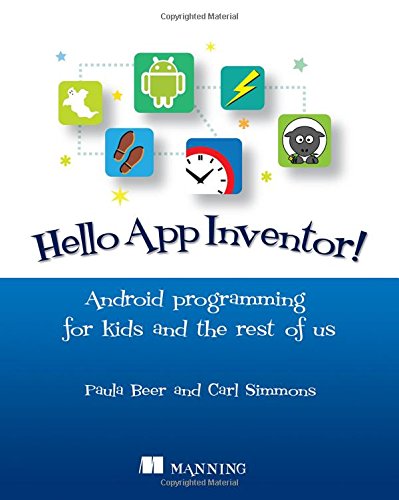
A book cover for Hello App Inventor!: Android programming for kids and the rest of us; Paula Beer; Computers & Technology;